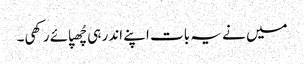
میں نے یہ بات اپنے اندر ہی چُھپائے رکھی۔